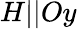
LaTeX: H||Oy